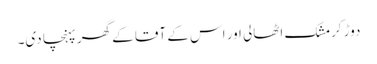
دوڑ کر مشک اٹھالی اور اس کے آقا کے گھر پہنچا دی۔